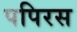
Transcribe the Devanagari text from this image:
पपिरस